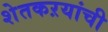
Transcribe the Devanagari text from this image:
शेतकऱयांची